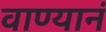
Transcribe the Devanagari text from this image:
वाण्यानं